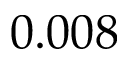
0 . 0 0 8